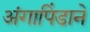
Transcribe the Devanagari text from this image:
अंगापिंडाने